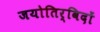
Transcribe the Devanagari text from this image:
जयोतिर्विदों